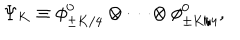
\Psi _ { K } \equiv \phi _ { \pm K / 4 } ^ { 0 } \otimes \cdots \otimes \phi _ { \pm K / 4 } ^ { 0 } ,